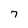
Character: 7